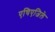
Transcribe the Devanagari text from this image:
एचिएजिले